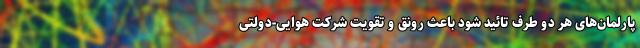
پارلمان‌های هر دو طرف تائید شود باعث رونق و تقویت شرکت هوایی-دولتی